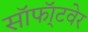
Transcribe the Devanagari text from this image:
सॉफॉ्टवेर